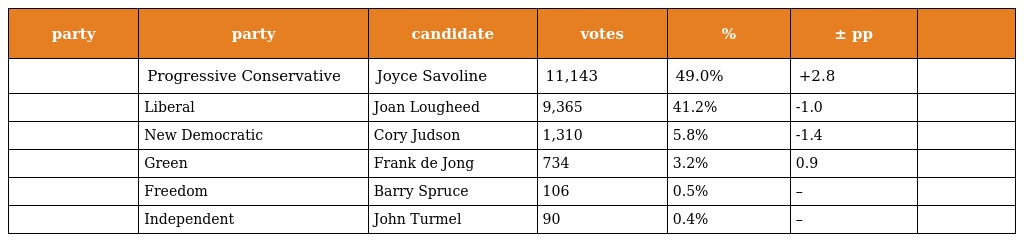
| party | party | candidate | votes | % | ± pp |  |
 | --- | --- | --- | --- | --- | --- | --- |
 |  | Progressive Conservative | Joyce Savoline | 11,143 | 49.0% | +2.8 |  |
 |  | Liberal | Joan Lougheed | 9,365 | 41.2% | -1.0 |  |
 |  | New Democratic | Cory Judson | 1,310 | 5.8% | -1.4 |  |
 |  | Green | Frank de Jong | 734 | 3.2% | 0.9 |  |
 |  | Freedom | Barry Spruce | 106 | 0.5% | – |  |
 |  | Independent | John Turmel | 90 | 0.4% | – |  |